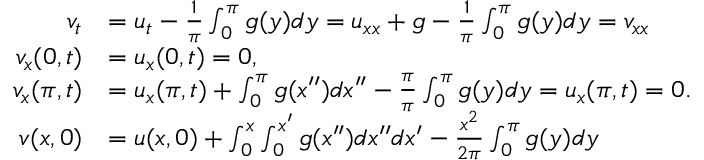
\begin{array} { r l } { v _ { t } } & { = u _ { t } - \frac { 1 } { \pi } \int _ { 0 } ^ { \pi } g ( y ) d y = u _ { x x } + g - \frac { 1 } { \pi } \int _ { 0 } ^ { \pi } g ( y ) d y = v _ { x x } } \\ { v _ { x } ( 0 , t ) } & { = u _ { x } ( 0 , t ) = 0 , } \\ { v _ { x } ( \pi , t ) } & { = u _ { x } ( \pi , t ) + \int _ { 0 } ^ { \pi } g ( x ^ { \prime \prime } ) d x ^ { \prime \prime } - \frac { \pi } { \pi } \int _ { 0 } ^ { \pi } g ( y ) d y = u _ { x } ( \pi , t ) = 0 . } \\ { v ( x , 0 ) } & { = u ( x , 0 ) + \int _ { 0 } ^ { x } \int _ { 0 } ^ { x ^ { \prime } } g ( x ^ { \prime \prime } ) d x ^ { \prime \prime } d x ^ { \prime } - \frac { x ^ { 2 } } { 2 \pi } \int _ { 0 } ^ { \pi } g ( y ) d y } \end{array}